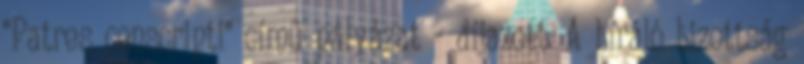
"Patres conscripti" című pályázat - díjazott. A bíráló bizottság